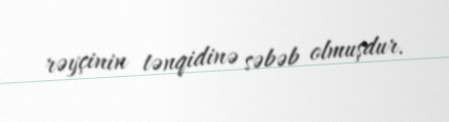
rəyçinin tənqidinə səbəb olmuşdur.